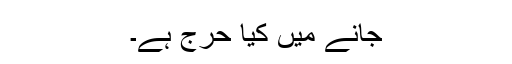
جانے میں کیا حرج ہے۔